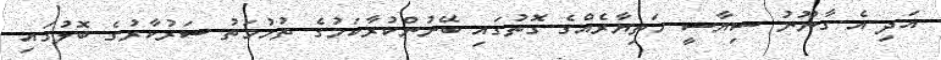
އަދި އެ ގާނޫނު ސިޔާސީ ހަތިޔާރެއްގެ ގޮތުގައި ބޭނުންކުރާކަމުގެ ތުހުމަތު ސަރުކާރުގެ ބޮލުގައި